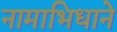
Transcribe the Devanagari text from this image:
नामाभिधाने